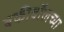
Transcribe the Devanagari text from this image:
बकीबॉलच्या